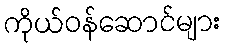
ကိုယ်ဝန်ဆောင်များ